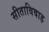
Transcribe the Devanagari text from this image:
सीताविवाह